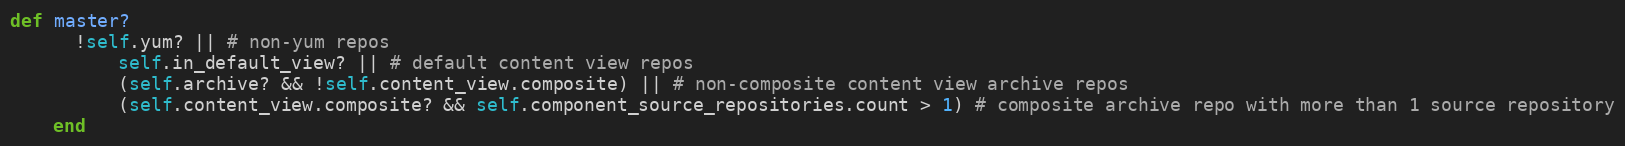
Language: Ruby
def master?
      !self.yum? || # non-yum repos
          self.in_default_view? || # default content view repos
          (self.archive? && !self.content_view.composite) || # non-composite content view archive repos
          (self.content_view.composite? && self.component_source_repositories.count > 1) # composite archive repo with more than 1 source repository
    end